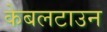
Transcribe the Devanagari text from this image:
केबलटाउन